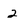
Character: 2